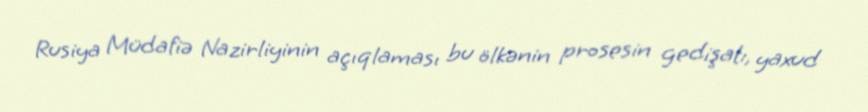
Rusiya Müdafiə Nazirliyinin açıqlaması bu ölkənin prosesin gedişatı, yaxud